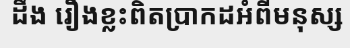
ដឹង រឿងខ្លះពិតប្រាកដអំពីមនុស្ស